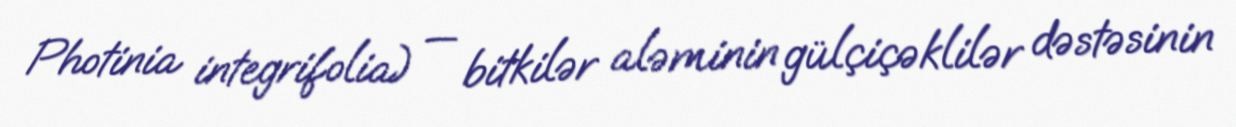
Photinia integrifolia) — bitkilər aləminin gülçiçəklilər dəstəsinin